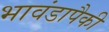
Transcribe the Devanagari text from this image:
भावंडापैकी